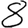
Digit: 8